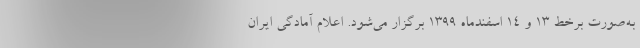
به‌صورت برخط ۱۳ و ۱۴ اسفندماه ۱۳۹۹ برگزار می‌شود. اعلام آمادگی ایران